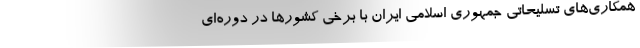
همکاری‌های تسلیحاتی جمهوری اسلامی ایران با برخی کشور‌ها در دوره‌ای